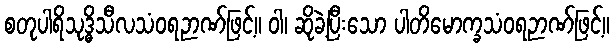
စတုပါရိသုဒ္ဓိသီလသံဝရဉာဏ်ဖြင့်။ ဝါ၊ ဆိုခဲ့ပြီးသော ပါတိမောက္ခသံဝရဉာဏ်ဖြင့်။